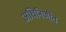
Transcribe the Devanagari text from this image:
अधिनिर्णीत